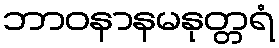
ဘာဝနာနမနုတ္တရံ